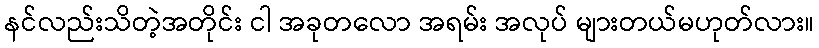
နင်လည်းသိတဲ့အတိုင်း ငါ အခုတလော အရမ်း အလုပ် များတယ်မဟုတ်လား။